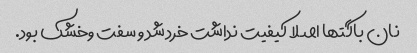
نان باگتها اصلا کیفیت نداشت خرد شد و سفت وخشک بود.